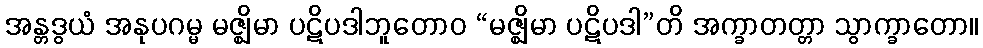
အန္တဒွယံ အနုပဂမ္မ မဇ္ဈိမာ ပဋိပဒါဘူတောဝ “မဇ္ဈိမာ ပဋိပဒါ”တိ အက္ခာတတ္တာ သွာက္ခာတော။